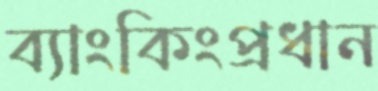
ব্যাংকিংপ্রধান